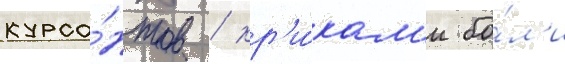
курса́нтов / кр'и́кам'и бо́л'и